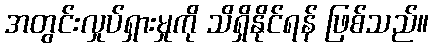
အတွင်းလှုပ်ရှားမှုကို သိရှိနိုင်ရန် ဖြစ်သည်။